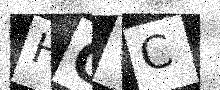
Text: HCVC